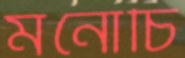
মনোচি